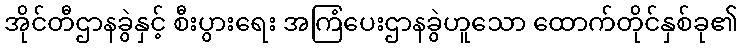
အိုင်တီဌာနခွဲနှင့် စီးပွားရေး အကြံပေးဌာနခွဲဟူသော ထောက်တိုင်နှစ်ခု၏